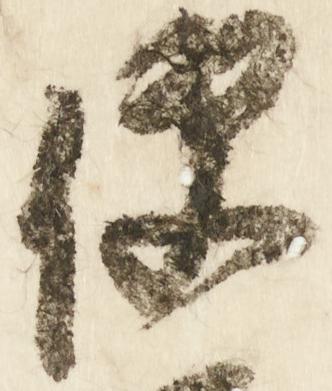
便